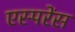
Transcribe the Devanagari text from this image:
एस्परेंस